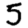
Digit: 5